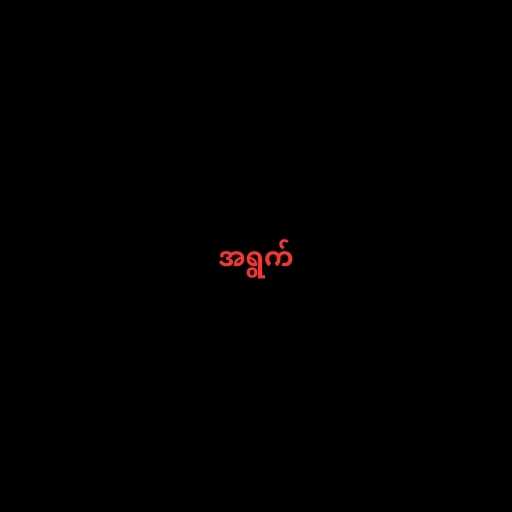
အရွက်